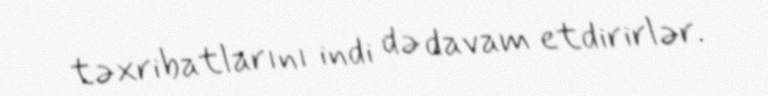
təxribatlarını indi də davam etdirirlər.